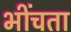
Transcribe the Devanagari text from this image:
भींचता